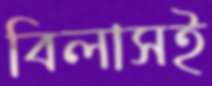
বিলাসই